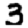
Digit: 3